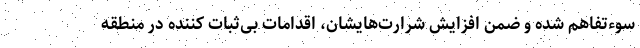
سوءتفاهم شده و ضمن افزایش شرارت‌هایشان، اقدامات بی‌ثبات کننده در منطقه